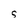
Character: S